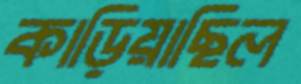
কাড়িয়াছিল